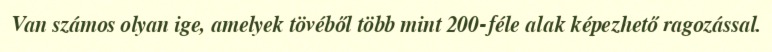
Van számos olyan ige, amelyek tövéből több mint 200-féle alak képezhető ragozással.